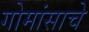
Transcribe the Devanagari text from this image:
गोमांसाचे